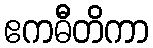
ဧကဓီတိကာ